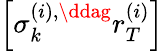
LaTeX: \left[\sigma_{k}^{\left(i\right),\ddag}r_{T}^{\left(i\right)}\right]